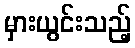
မှားယွင်းသည့်